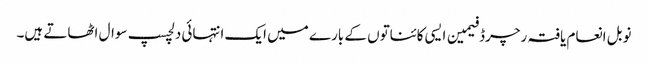
نوبل انعام یافتہ رچرڈ فیمین ایسی کائناتوں کے بارے میں ایک انتہائی دلچسپ سوال اٹھاتے ہیں۔